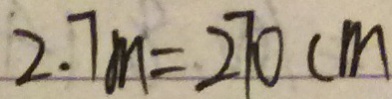
2 . 7 m = 2 7 0 c m